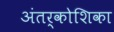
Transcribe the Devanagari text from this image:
अंतर्कोशिका